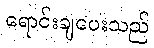
ရောင်းချပေးသည်